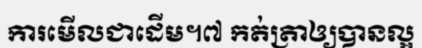
ការមើលជាដើម។៧ កត់ត្រាឲ្យបានល្អ